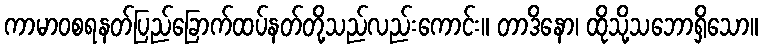
ကာမာဝစရနတ်ပြည်ခြောက်ထပ်နတ်တို့သည်လည်းကောင်း။ တာဒိနော၊ ထိုသို့သဘောရှိသော။